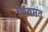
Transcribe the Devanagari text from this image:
शिवमत